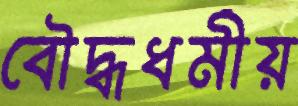
বৌদ্ধধর্মীয়